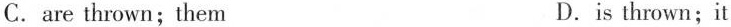
C.are thrown; them D.is thrown;it